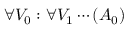
\forall V _ { 0 } : \forall V _ { 1 } \cdots ( A _ { 0 } )